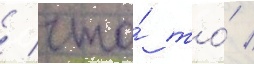
/ что́ то́ /